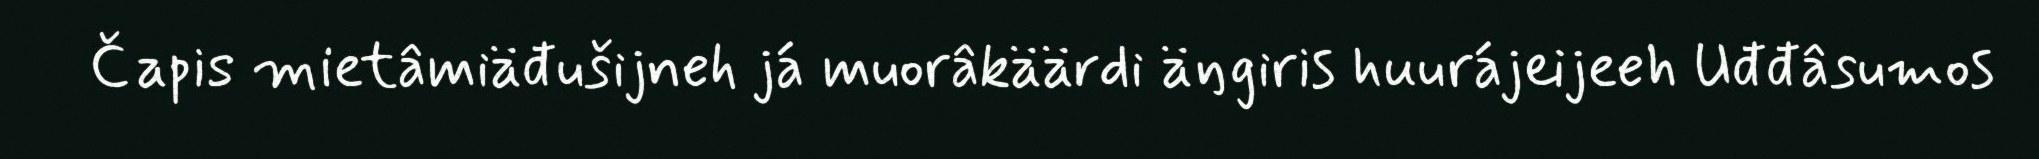
Čapis mietâmiäđušijneh já muorâkäärdi äŋgiris huurájeijeeh Uđđâsumos